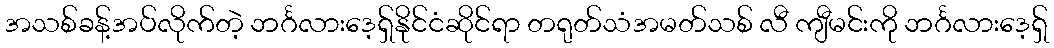
အသစ်ခန့်အပ်လိုက်တဲ့ ဘင်္ဂလားဒေ့ရှ်နိုင်ငံဆိုင်ရာ တရုတ်သံအမတ်သစ် လီ ကျီမင်းကို ဘင်္ဂလားဒေ့ရှ်